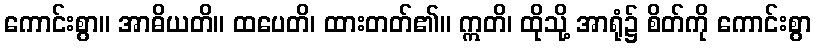
ကောင်းစွာ။ အာဓိယတိ။ ထပေတိ၊ ထားတတ်၏။ ဣတိ၊ ထိုသို့ အာရုံ၌ စိတ်ကို ကောင်းစွာ